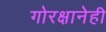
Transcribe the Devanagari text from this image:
गोरक्षानेही